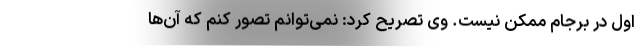
اول در برجام ممکن نیست. وی تصریح کرد: نمی‌توانم تصور کنم که آن‌ها